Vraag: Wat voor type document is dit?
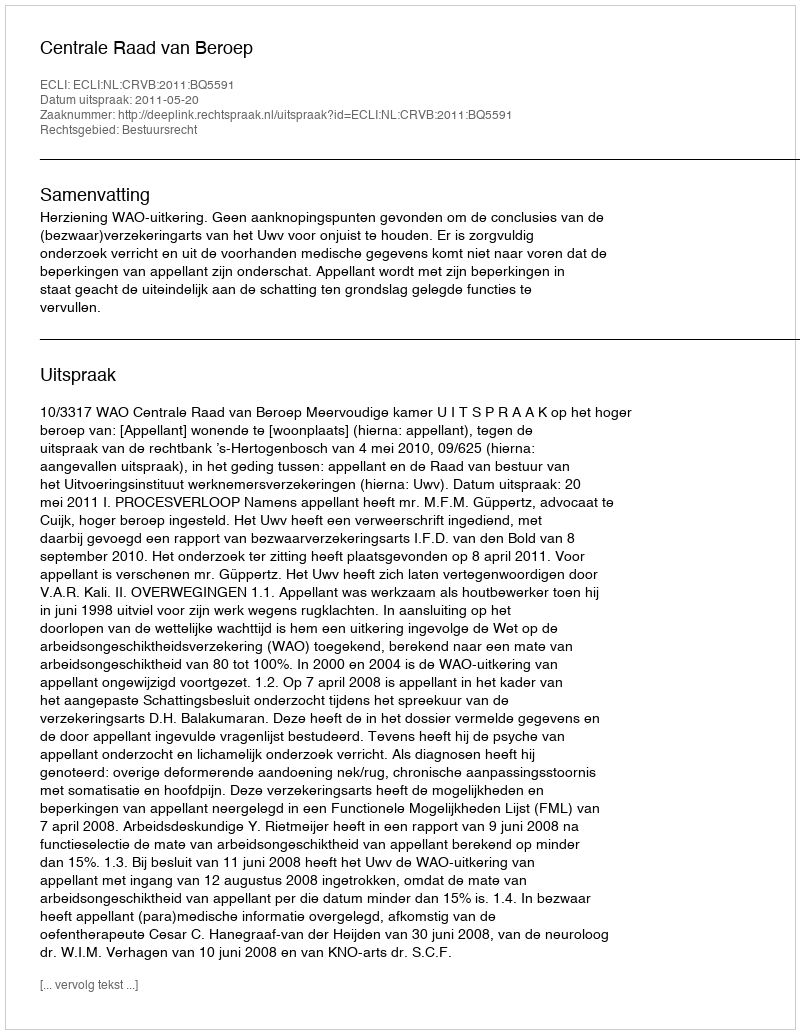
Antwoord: Uitspraak